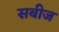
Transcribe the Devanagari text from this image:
सबीज